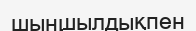
шыншылдықпен